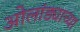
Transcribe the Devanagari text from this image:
ओलांड्याच्या